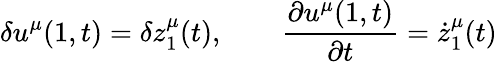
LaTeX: \delta u^{\mu}(1,t)=\delta z_{1}^{\mu}(t),\qquad\frac{\partial u^{\mu}(1,t)}{\partial t}=\dot{z}_{1}^{\mu}(t)